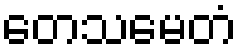
တေသမေတံ